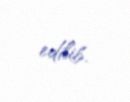
edilib.